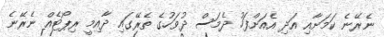
ނެރޭނެ ކަމަށާއި އަދި އެއަށްފަހު ދެމަސް ދުވަހުގެ ތެރޭގައި ދާއިމީ ރިޕޯޓެއް ނެރޭނެ